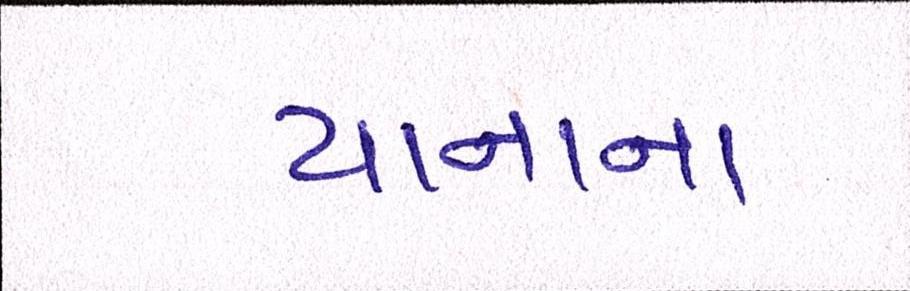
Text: યાનાના